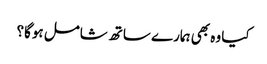
کیا وہ بھی ہمارے ساتھ شامل ہوگا؟